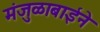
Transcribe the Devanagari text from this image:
मंजुळाबाईने